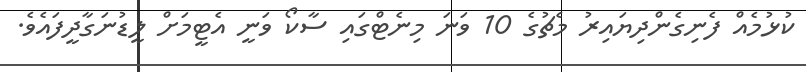
ކުޅުމެއް ފެނިގެންދިޔައިރު މެޗުގެ 10 ވަނަ މިނެޓްގައި ސާކޯ ވަނީ އެޓީމަށް ލީޑުނަގާދީފައެވެ.